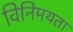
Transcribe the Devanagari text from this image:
विनिमयता